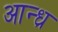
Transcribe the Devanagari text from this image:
आन्‍ध्र